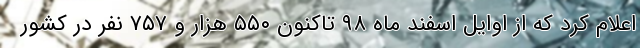
اعلام کرد که از اوایل اسفند ماه ۹۸ تاکنون ۵۵۰ هزار و ۷۵۷ نفر در کشور